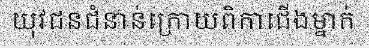
យុវជនជំនាន់ក្រោយពិកាជើងម្នាក់